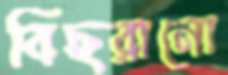
বিছরানো